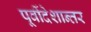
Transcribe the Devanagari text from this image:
पूर्वीदेशान्तर